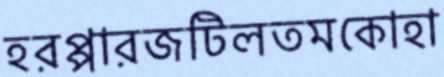
হরপ্পারজটিলতমকোহা